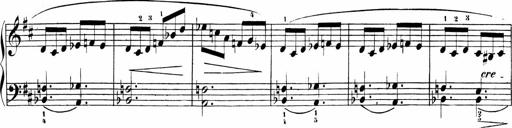
Title: Sonatinas
Composer: Andrew Violette